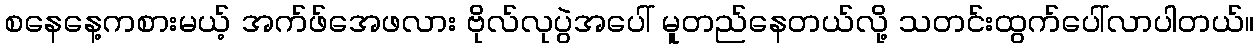
စနေနေ့ကစားမယ့် အက်ဖ်အေဖလား ဗိုလ်လုပွဲအပေါ် မူတည်နေတယ်လို့ သတင်းထွက်ပေါ်လာပါတယ်။